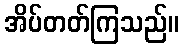
အိပ်တတ်ကြသည်။